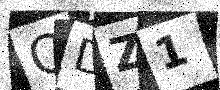
Text: QDZ1